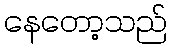
နေတော့သည်